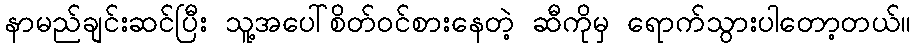
နာမည်ချင်းဆင်ပြီး သူ့အပေါ်စိတ်ဝင်စားနေတဲ့ ဆီကိုမှ ရောက်သွားပါတော့တယ်။